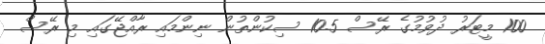
100 މީޓަރު ދުވުމުގެ ރޭސް 10.5 ސިކުންތުން ނިންމައި ރާއްޖޭގައި މި ރޭސް